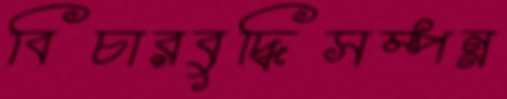
বিচারবুদ্ধিসম্পন্ন